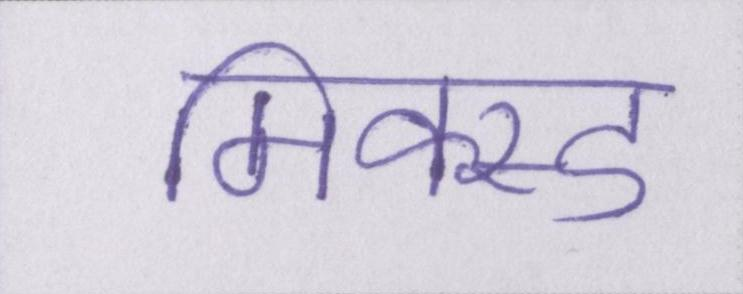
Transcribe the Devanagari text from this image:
मिक्स्ड